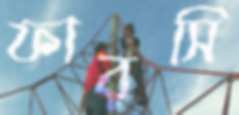
ফারসি